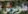
طويرش